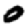
Digit: 0